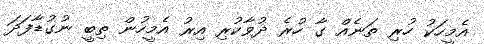
އެމީހަކު ހުރި ތަނެއް ގާ ހުރެ ދުވާކުރި އިރު އެމީހުން ތިބީ ނުގުޑާފަދަ